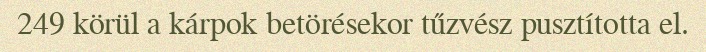
249 körül a kárpok betörésekor tűzvész pusztította el.